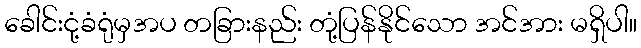
ခေါင်းငုံ့ခံရုံမှအပ တခြားနည်း တုံ့ပြန်နိုင်သော အင်အား မရှိပါ။